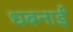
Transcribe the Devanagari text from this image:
धबनाईे